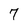
Character: 7